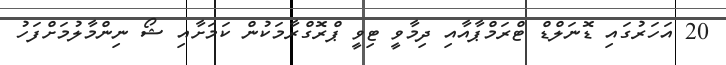
20 އަހަރުގައި ޑޮނަލްޑް ޓްރަމްޕާއާއި ދިމާވީ ޓިވީ ޕްރޮގްރާމަކުން ކަމަށާއި ޝޯ ނިންމާލުމަށްފަހު